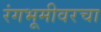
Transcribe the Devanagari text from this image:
रंगभूमीवरचा